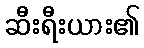
ဆီးရီးယား၏